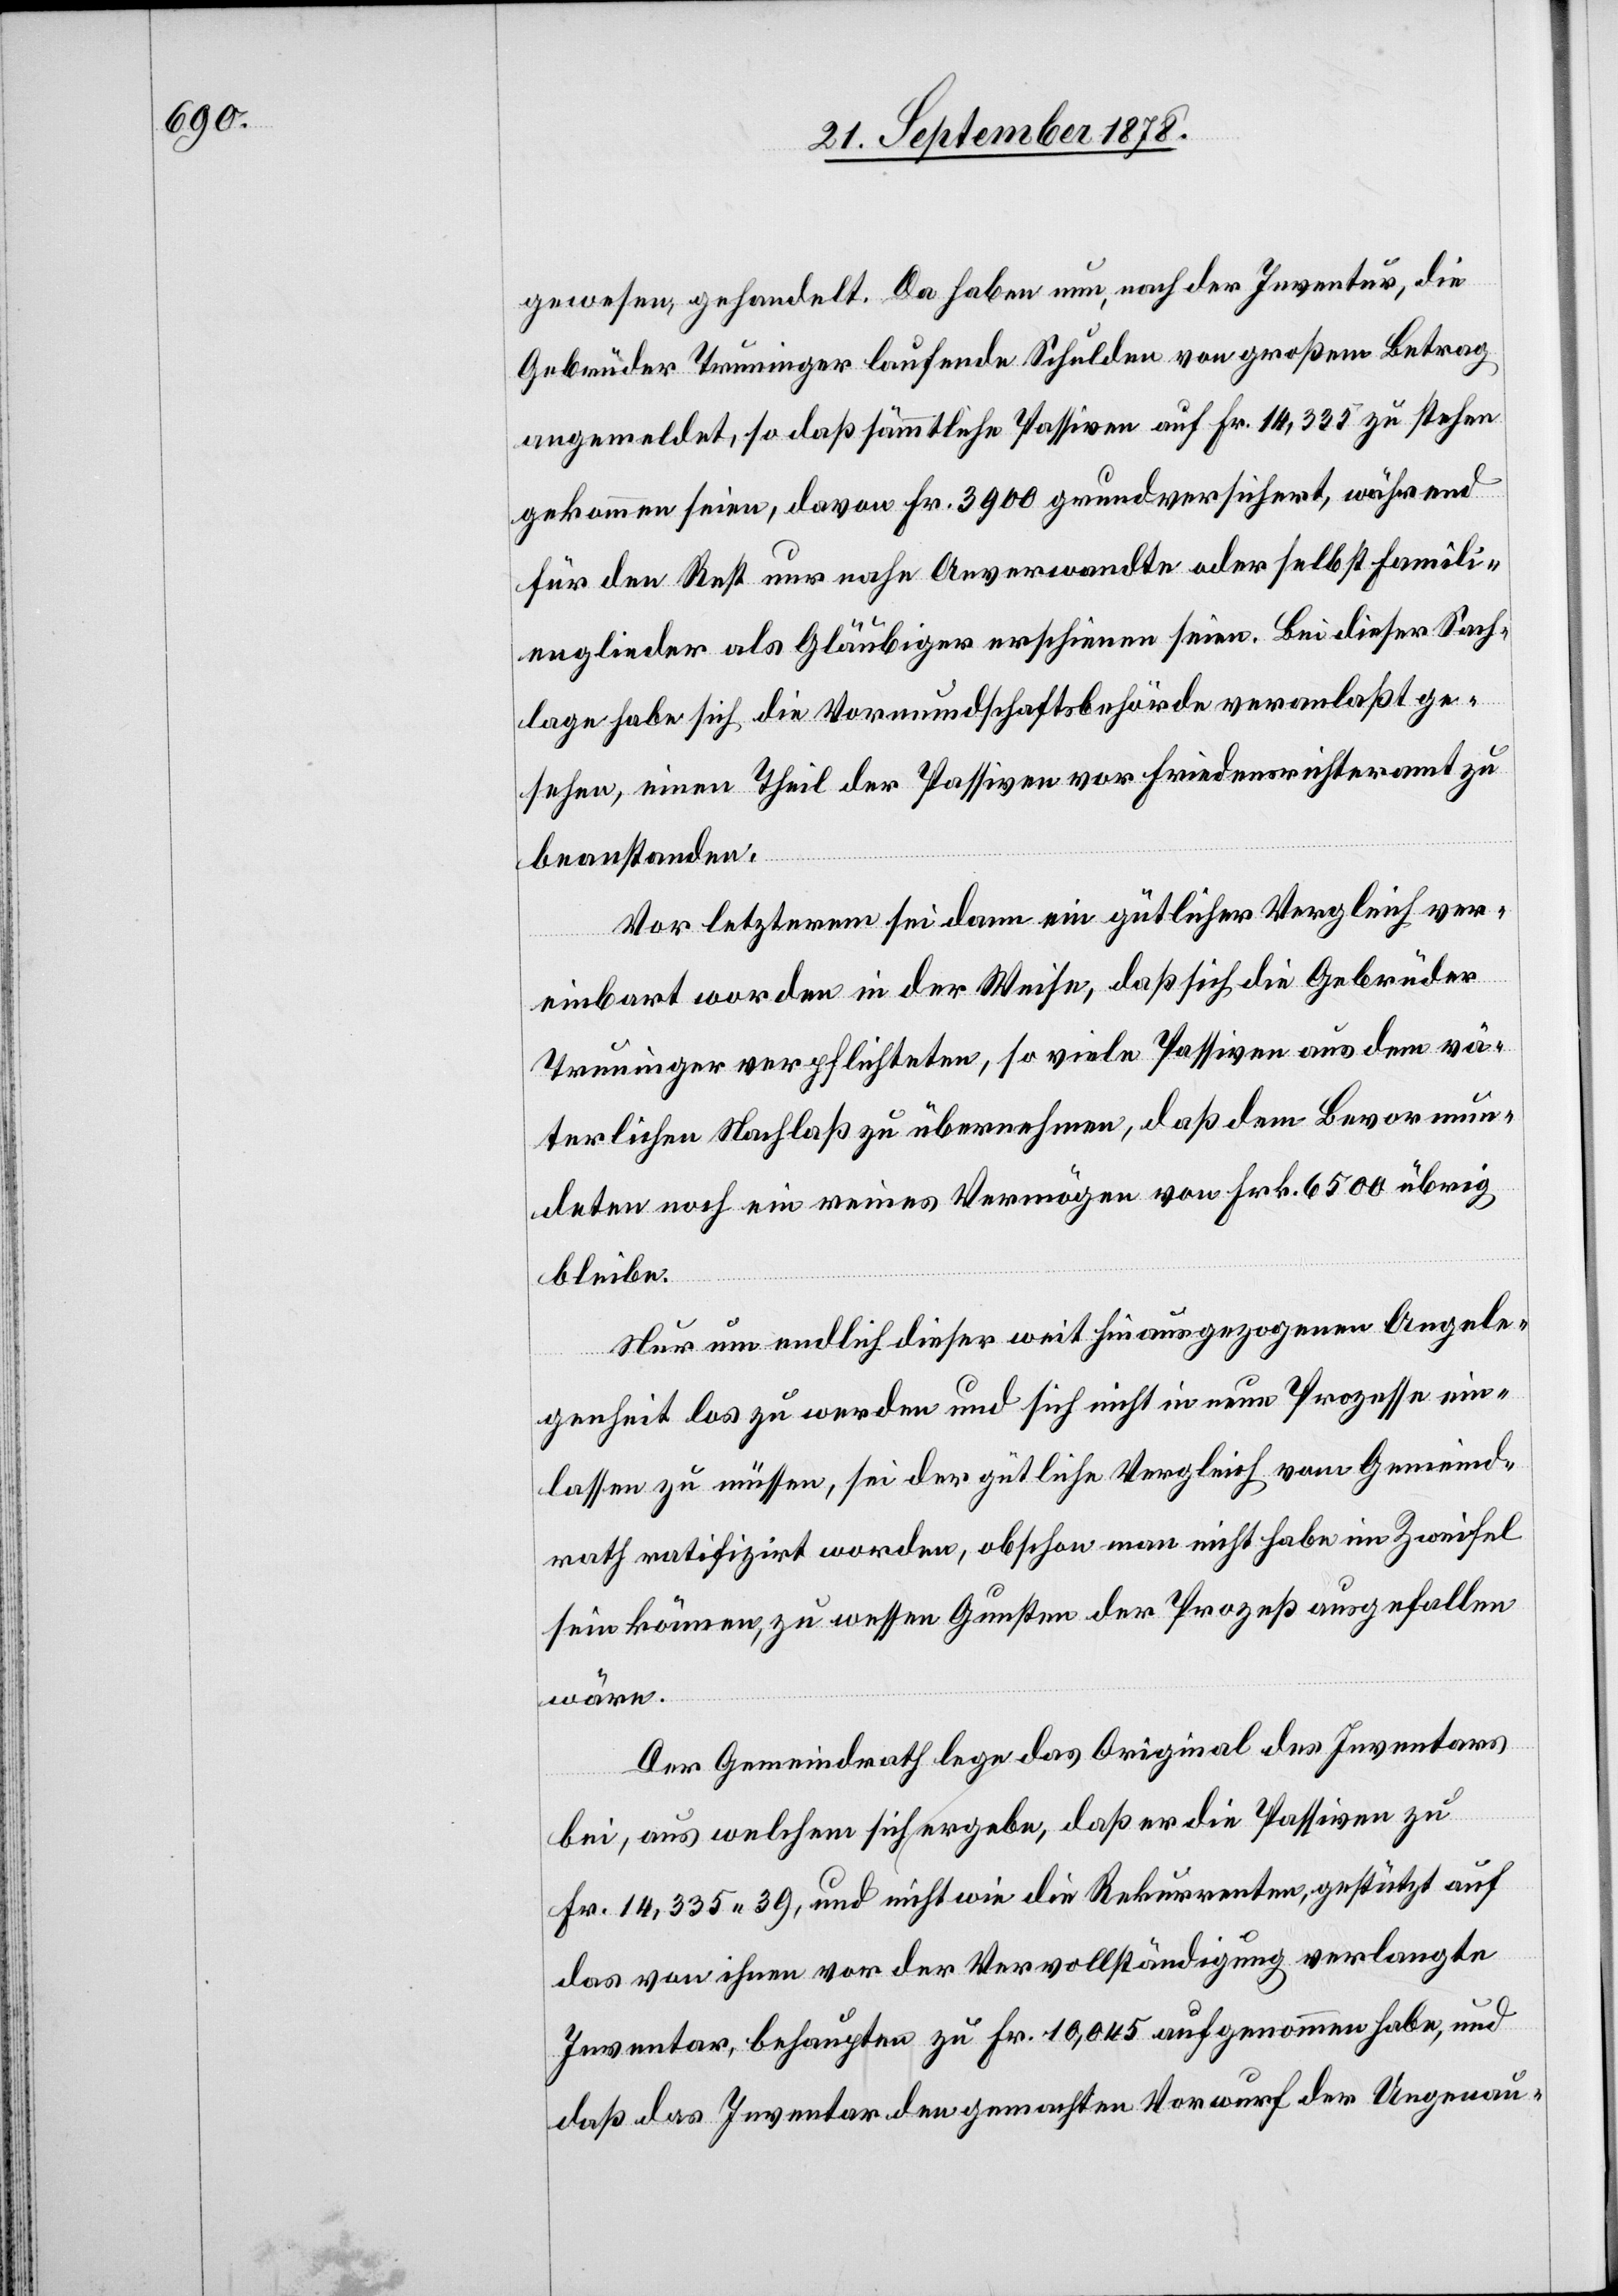
gewesen gehandelt. Da haben nun, nach der Inventur, die
Gebrüder Truninger laufende Schulden von großem Betrag
angemeldet, so daß sämmtliche Passiven auf Fr. 14,335 zu stehen
gekommen seien, davon Fr. 3900 grundversichert, während
für den Rest nur nahe Anverwandte oder selbst Famili¬
englieder als Gläubiger erschienen seien. Bei dieser Sach¬
lage habe sich die Vormundschaftsbehörde veranlaßt ge¬
sehen, einen Theil der Passiven vor Friedensrichteramt zu
beanstanden.
Vor letzterem sei dann ein gütlicher Vergleich ver¬
einbart worden in der Weise, daß sich die Gebrüder
Truninger verpflichteten, so viele Passiven aus dem vä¬
terlichen Nachlaß zu übernehmen, daß dem Bevormundet¬
bleibe.
Nur um endlich dieser weit hinausgezogenen Angele¬
en
genheit los zu werden und sich nicht in neue Prozesse ein¬
lassen zu müssen, sei der gütliche Vergleich vom Gemeind¬
rath ratifizirt worden, obschon man nicht habe im Zweifel
sein können, zu wessen Gunsten der Prozeß ausgefallen
wäre.
Der Gemeindrath lege das Original des Inventars
bei, aus welchem sich ergebe, daß er die Passiven zu
Fr. 14,335 39, und nicht wie die Rekurrenten, gestützt auf
das von ihnen vor der Vervollständigung verlangte
Inventar, behaupten zu Fr. 10,045 aufgenommen habe, und
daß das Inventar den gemachten Vorwurf der Ungenau-